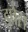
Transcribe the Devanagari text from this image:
इप्रेस